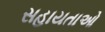
સહાયતાઓ